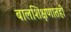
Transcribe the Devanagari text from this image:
बालशिक्षणातही